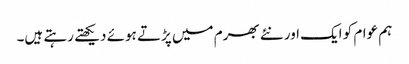
ہم عوام کو ایک اور نئے بھرم میں پڑتے ہوئے دیکھتے رہتے ہیں۔